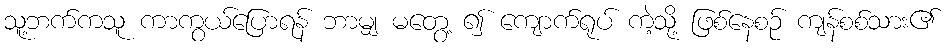
သူ့ဘက်ကသူ ကာကွယ်ပြောရန် ဘာမျှ မတွေ့ ၍ ကျောက်ရုပ် ကဲ့သို့ ဖြစ်နေစဉ် ကျန်စစ်သား၏